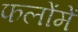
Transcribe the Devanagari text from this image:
फलोंमें